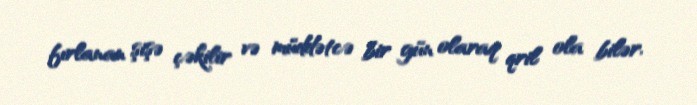
fırlanan şişə çəkilir və müddətcə bir gün olaraq qril ola bilər.